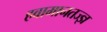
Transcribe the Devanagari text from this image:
हवामानतज्ज्ञ